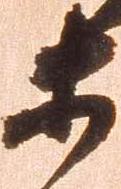
等